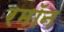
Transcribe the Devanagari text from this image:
रमॉन